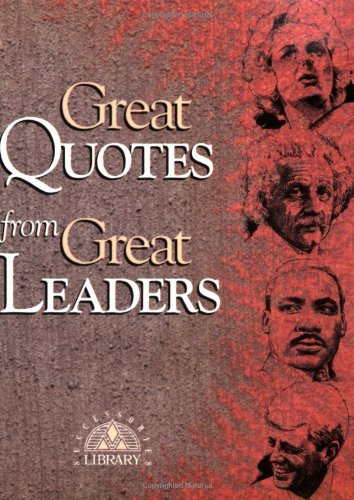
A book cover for Great Quotes from Great Leaders (Great Quotes Series); Reference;